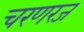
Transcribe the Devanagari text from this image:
चरणरज